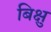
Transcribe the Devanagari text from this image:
बिक्षु